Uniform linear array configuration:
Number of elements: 12
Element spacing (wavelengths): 0.5
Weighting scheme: hamming
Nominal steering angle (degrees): -45
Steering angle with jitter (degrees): -46.282
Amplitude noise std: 0.05
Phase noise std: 0.05

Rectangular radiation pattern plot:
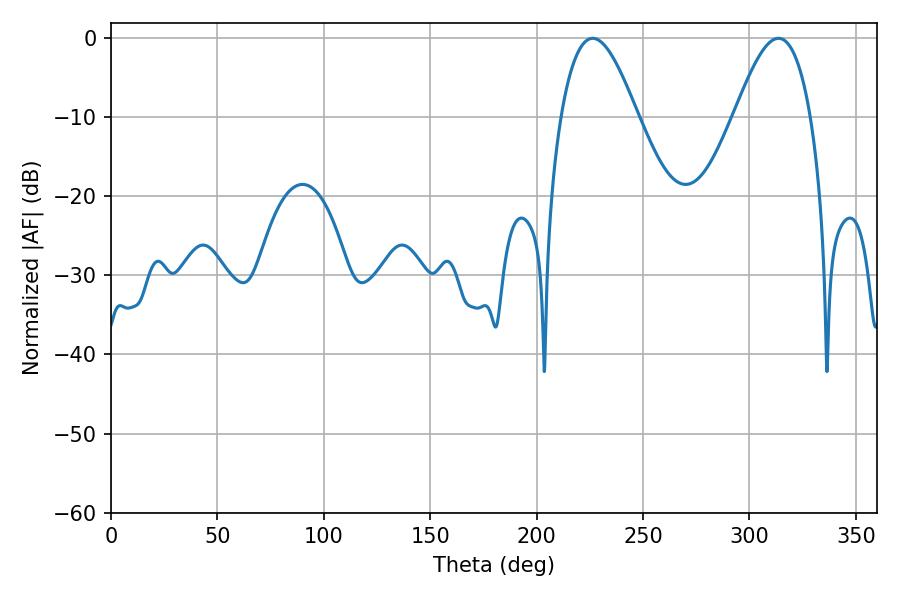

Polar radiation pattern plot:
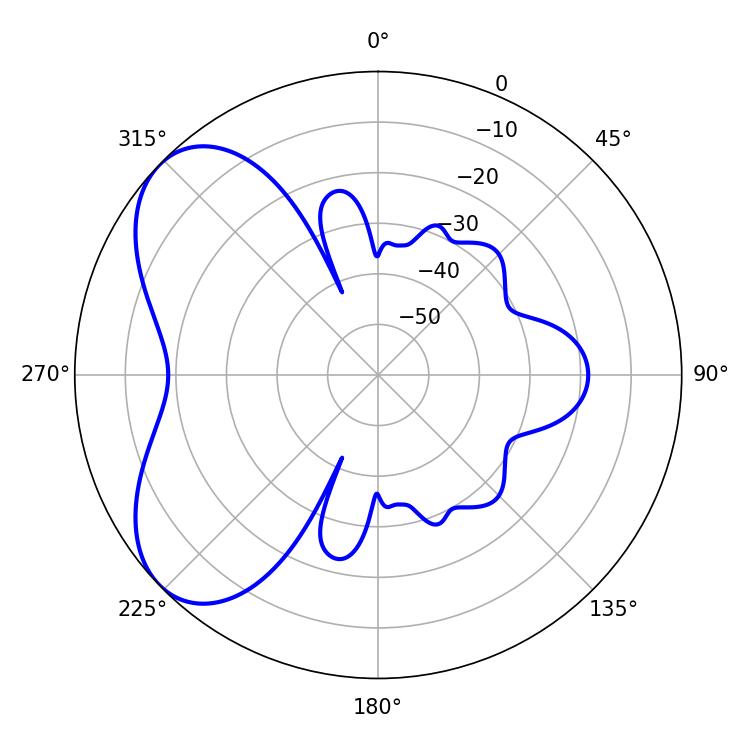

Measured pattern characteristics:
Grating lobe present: FALSE
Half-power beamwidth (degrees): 19.44
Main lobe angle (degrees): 226.26